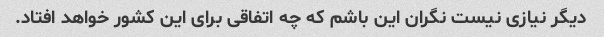
دیگر نیازی نیست نگران این باشم که چه اتفاقی برای این کشور خواهد افتاد.